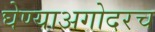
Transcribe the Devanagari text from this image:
घेण्याअगोदरच